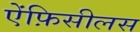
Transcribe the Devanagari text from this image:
ऐंफ़िसीलस